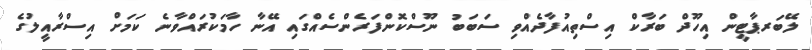
ލޭބަރޕާޓީން އިހޫދް ބަރާކް އިސްތިއުފާދެއްވި ސަބަބު ނޫސްކޮންފަރެންސެއްގައި އޭނާ ހާމަކުރައްވާނެ ކަމަށް އިސްރާއީލުގެ